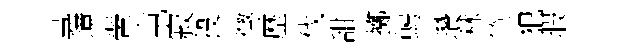
呉境翬屯寂投懲歴伐甜擲蝎瓚林筆犯瑕